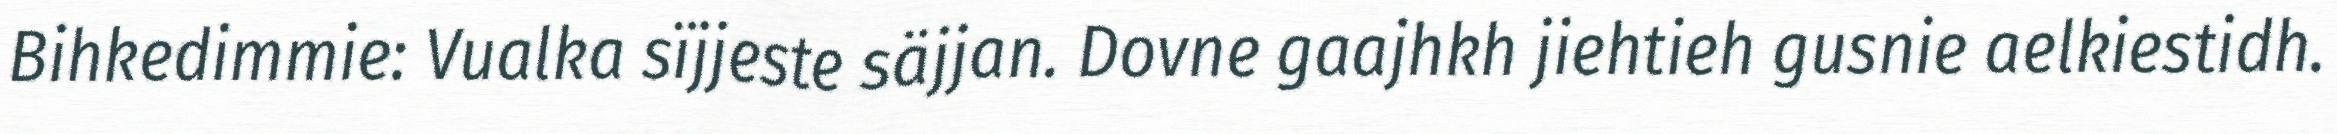
Bihkedimmie: Vualka sïjjeste säjjan. Dovne gaajhkh jiehtieh gusnie aelkiestidh.